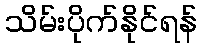
သိမ်းပိုက်နိုင်ရန်